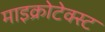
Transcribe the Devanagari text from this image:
माइक्रोटेक्स्ट